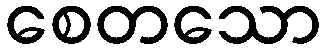
စေတသော